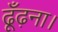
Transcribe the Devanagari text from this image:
ढूँढ़ना।